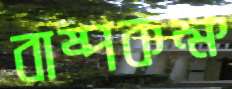
বাষ্পকক্ষ